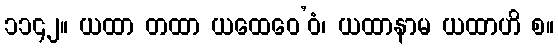
၁၁၄၂။ ယထာ တထာ ယထေဝေ’ဝံ၊ ယထာနာမ ယထာဟိ စ။